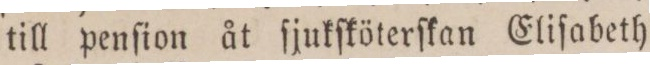
till penſion åt ſjukſköterſkan Eliſabeth